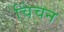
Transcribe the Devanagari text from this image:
चिंचन